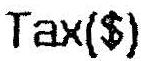
TAX($)